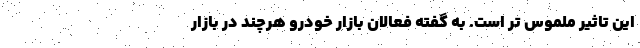
این تاثیر ملموس تر است. به گفته فعالان بازار خودرو هرچند در بازار